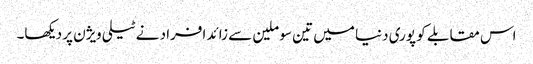
اس مقابلے کو پوری دنیا میں تین سو ملین سے زائد افراد نے ٹیلی ویژن پر دیکھا۔